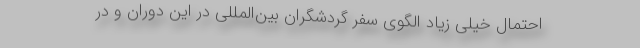
احتمال خیلی زیاد الگوی سفر گردشگران بین‌المللی در این دوران و در